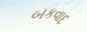
બકવાદ